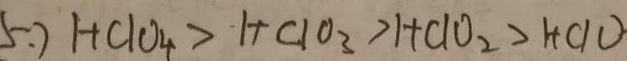
5 . ) H C I O _ { 4 } > H C I O _ { 3 } > H C I O _ { 2 } > H C I O